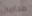
محاربين